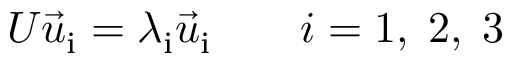
U \vec { u } _ { \mathrm { i } } = \lambda _ { \mathrm { i } } \vec { u } _ { \mathrm { i } } \qquad i = 1 , \; 2 , \; 3